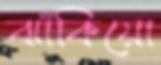
ঝাঁকিয়ো